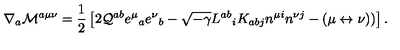
\nabla _ { a } { \cal M } ^ { a \mu \nu } = { \frac { 1 } { 2 } } \left[ 2 { \cal Q } ^ { a b } e ^ { \mu } { } _ { a } e ^ { \nu } { } _ { b } - \sqrt { - \gamma } L ^ { a b } { } _ { i } K _ { a b j } n ^ { \mu i } n ^ { \nu j } - ( \mu \leftrightarrow \nu ) ) \right] .